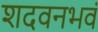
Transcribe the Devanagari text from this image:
शदवनभवं